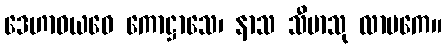
ဒေဟာဝယဝေ ကောဋ္ဌာသေ၊ နာသ သီမာသု လာမကေ။